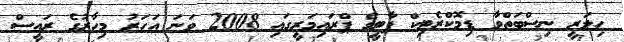
ހިލަރީ ނިސްބަތްވާ ޑިމޮކްރެޓިކް ޕާޓީގެ ޕްރައިމަރީގައި 2008 ވަނަ އަހަރު މިހާރުގެ ރައީސް